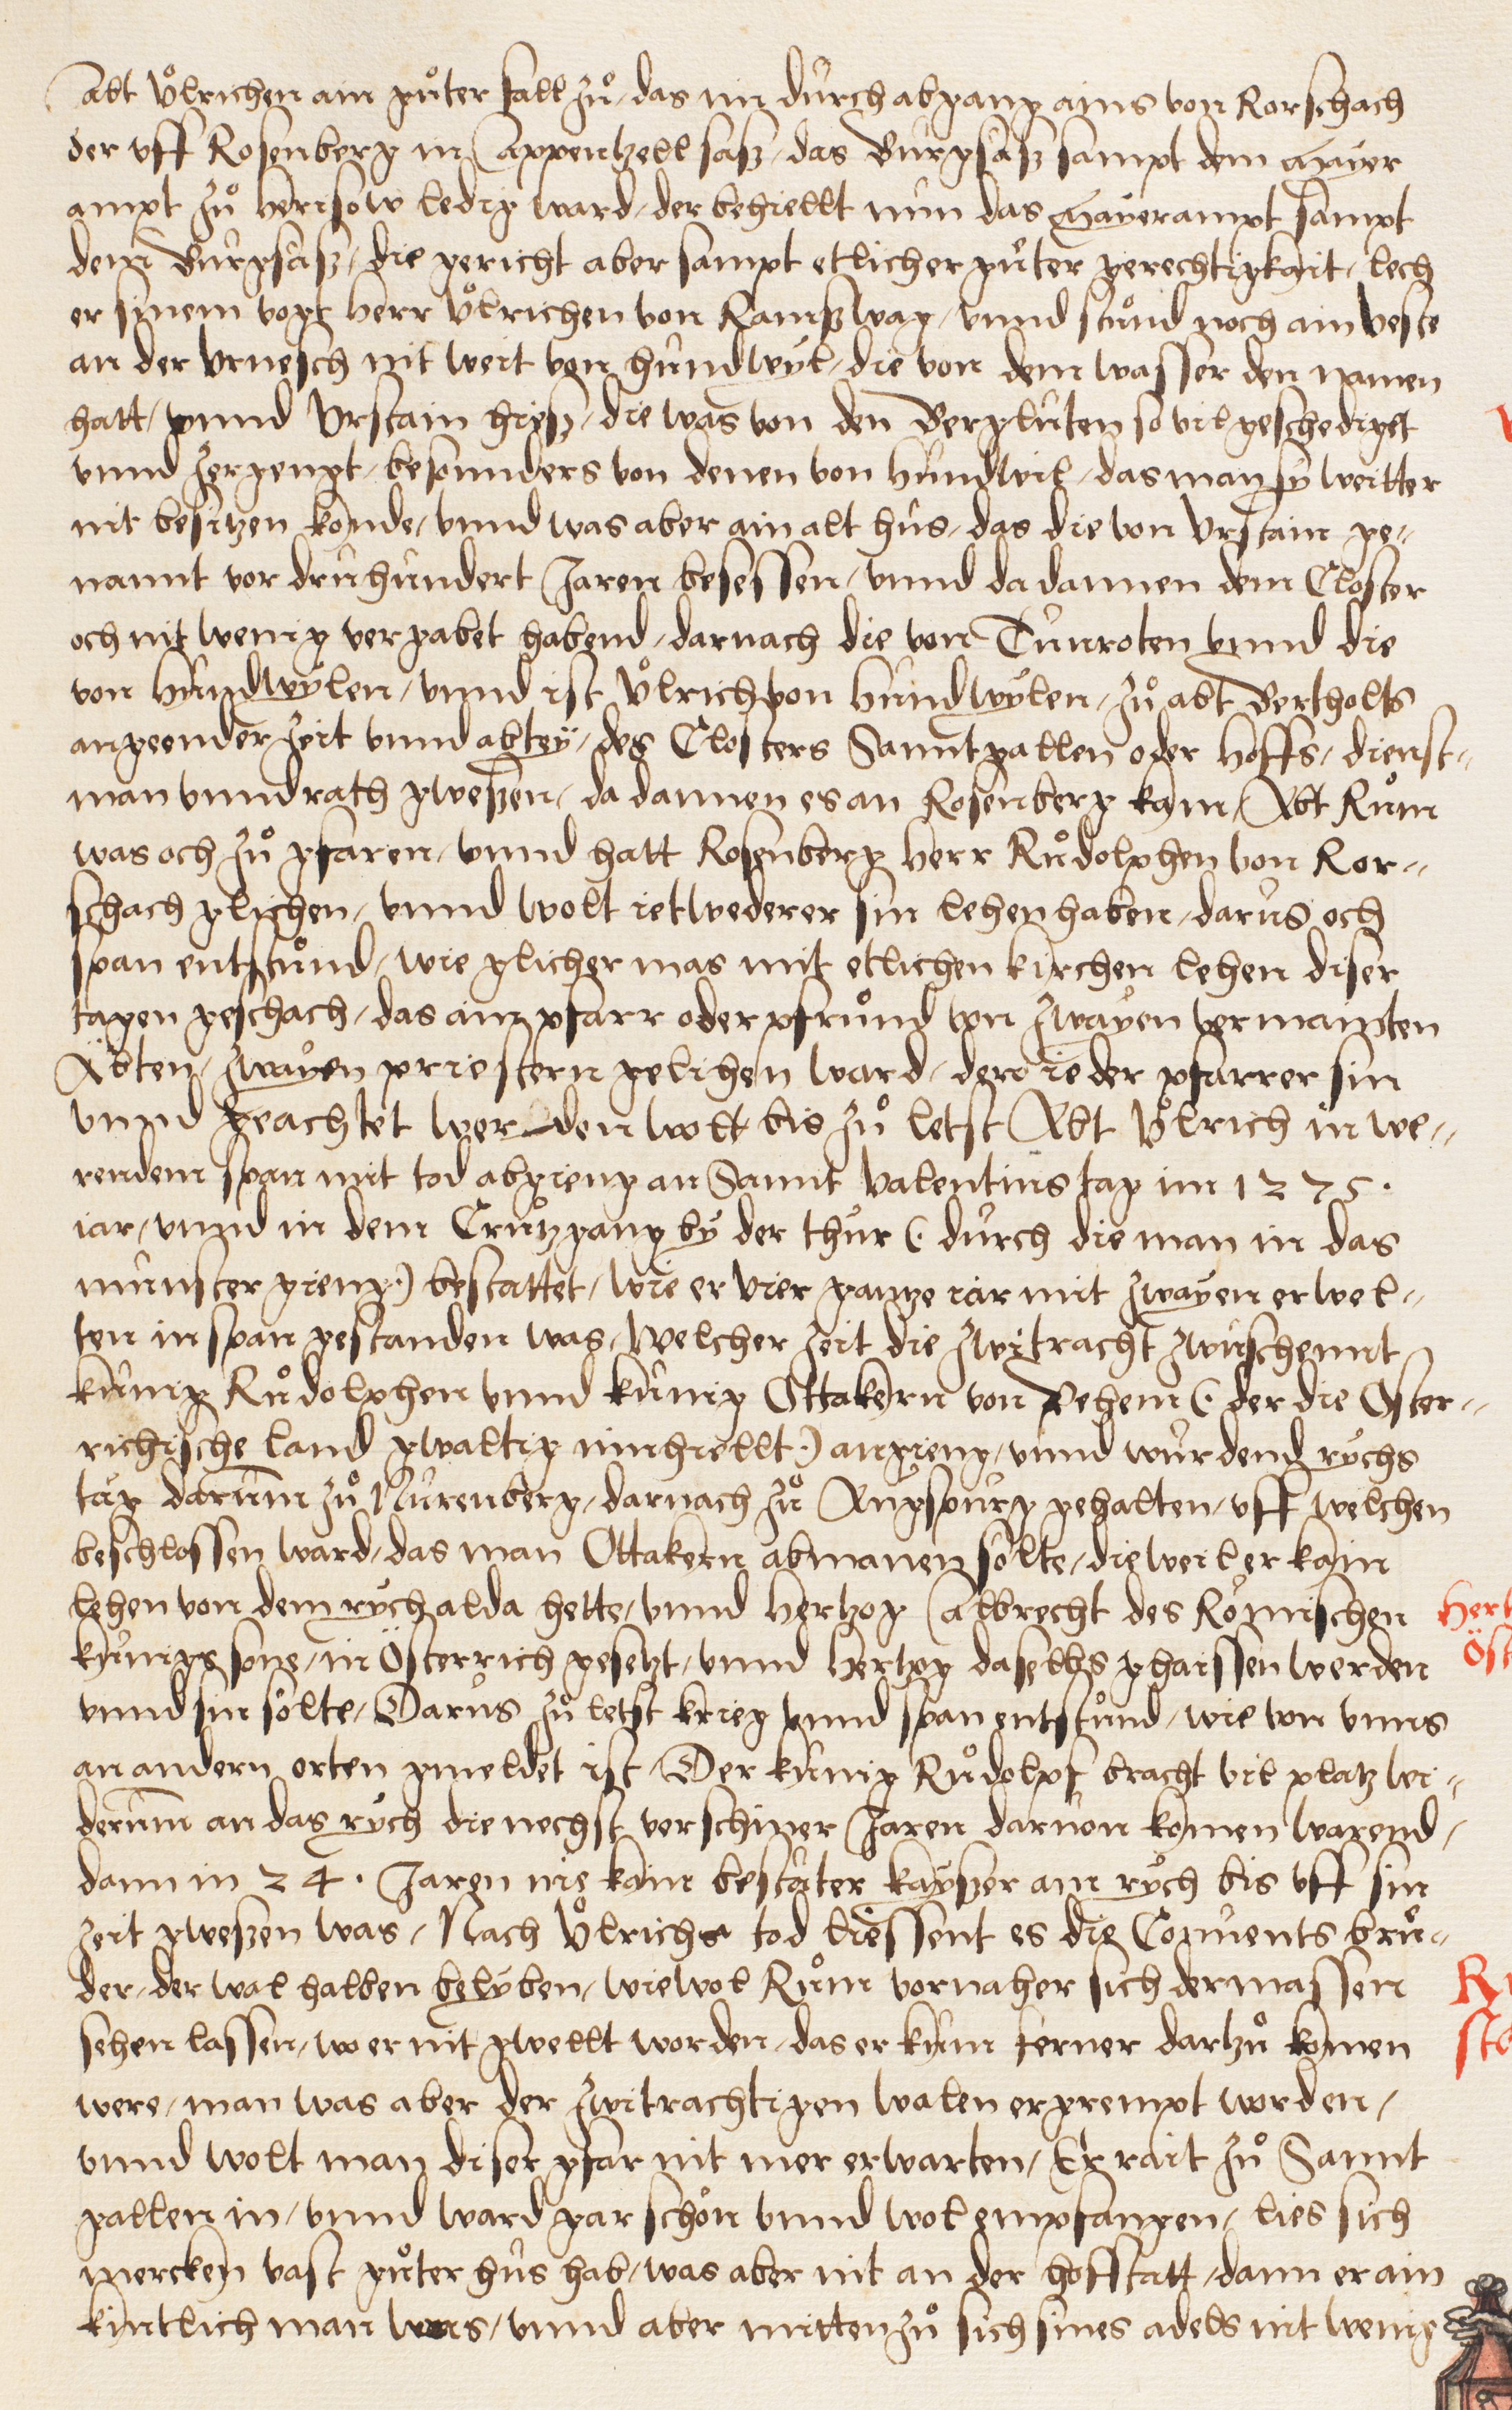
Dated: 1549–1549